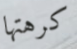
كرهتها